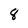
Character: 8